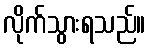
လိုက်သွားရသည်။